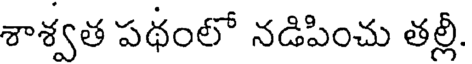
శాశ్వత పథంలో నడిపించు తల్లీ.